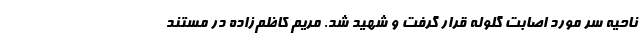
ناحیه سر مورد اصابت گلوله قرار گرفت و شهید شد. مریم کاظم‌زاده در مستند